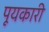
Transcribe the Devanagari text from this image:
पूयकारी